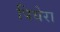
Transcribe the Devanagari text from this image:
पियेरा